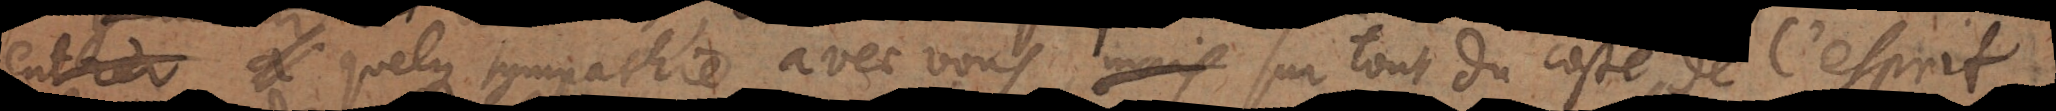
aie quelque sympathie avec vous, surtout du costé de l’esprit,